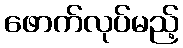
ဖောက်လုပ်မည့်